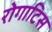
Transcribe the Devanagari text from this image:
रोगाटिस